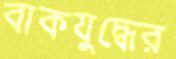
বাকযুদ্ধের